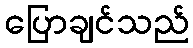
ပြောချင်သည်